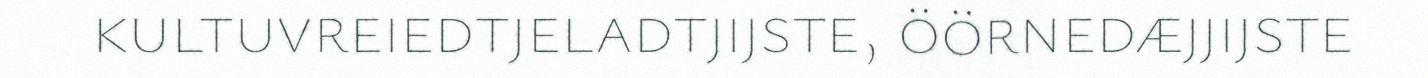
kultuvreiedtjeladtjijste, öörnedæjjijste